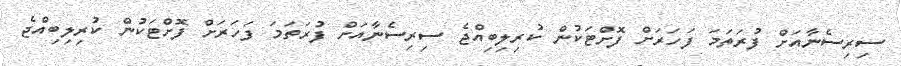
ސިރިސެނާއަށް ފުރަތަމަ ފަހަރަށް ފޮށްޓަކުން ކުރިލިބިއްޖެ ސިރިސެނާއަށް ފުރަތަމަ ފަހަރަށް ފޮށްޓަކުން ކުރިލިބިއްޖެ